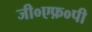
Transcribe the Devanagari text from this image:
जी०एफ़०पी